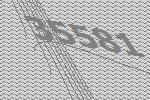
35581